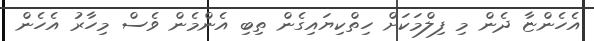
އެހެންޏާ ދެން މި ފިލްމަކަށް ހިތްކިޔައިގެން ތިބި އެންމެން ވެސް މިހާރު އެހެން